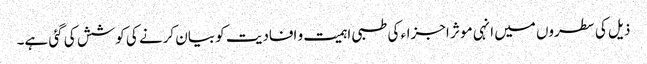
ذیل کی سطروں میں انہی مو ثر اجزاء کی طبی اہمیت و افادیت کو بیان کرنے کی کوشش کی گئی ہے۔